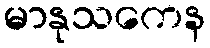
မာနုသကေန